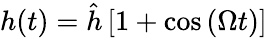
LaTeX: h(t)=\hat{h}\left[1+\cos\left(\Omega t\right)\right]